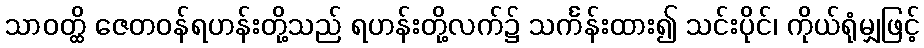
သာဝတ္ထိ ဇေတဝန်ရဟန်းတို့သည် ရဟန်းတို့လက်၌ သင်္ကန်းထား၍ သင်းပိုင်၊ ကိုယ်ရုံမျှဖြင့်